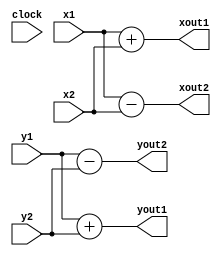
module butterfly(
	input clock,
	input signed [15:0] x1,
	input signed [15:0] y1,
	input signed [15:0] x2,
	input signed [15:0] y2,
	output signed [15:0] xout1,
	output signed [15:0] yout1,
	output signed [15:0] xout2,
	output signed [15:0] yout2 );


assign xout1 = x1+x2;
assign yout1 = y1+y2;

assign xout2 = x1-x2;
assign yout2 = y1-y2;

endmodule